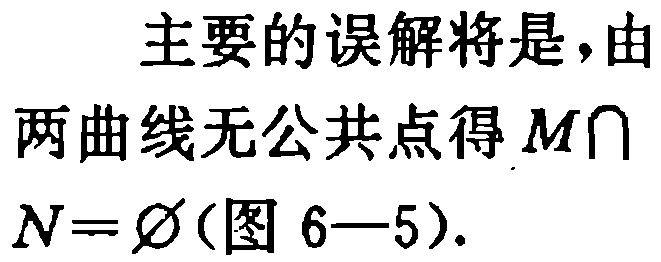
主要的误解将是,由两曲线无公共点得 \(M\cap N = \varnothing\)(图 6—5).